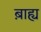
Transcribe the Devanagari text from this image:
ब़ाह्य